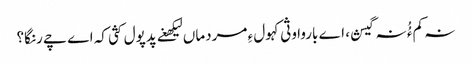
نہ کم ءُُ نہ گیش، اے باروا وثی کہول ءِ مردماں لیکھغے پدپول کثی کہ اے چے رنگا؟